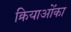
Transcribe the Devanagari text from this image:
क्रियाओंका